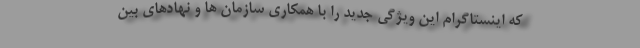
که اینستاگرام این ویژگی جدید را با همکاری سازمان ها و نهادهای بین